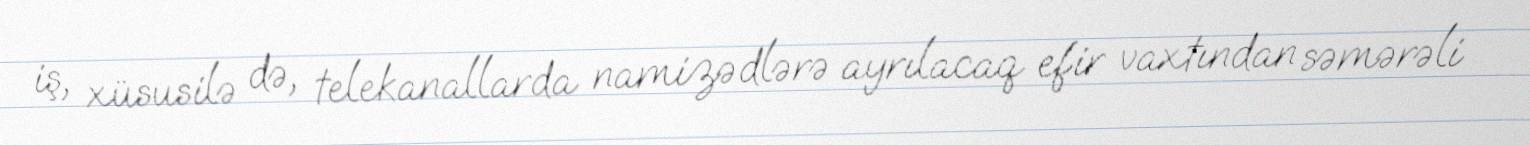
iş, xüsusilə də, telekanallarda namizədlərə ayrılacaq efir vaxtından səmərəli